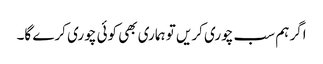
اگر ہم سب چوری کریں تو ہماری بھی کوئی چوری کرے گا۔